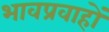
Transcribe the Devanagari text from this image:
भावप्रवाहों